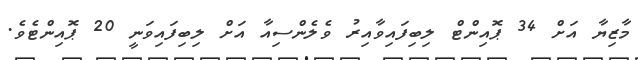
މާޒިޔާ އަށް 34 ޕޮއިންޓް ލިބިފައިވާއިރު ވެލެންސިއާ އަށް ލިބިފައިވަނީ 20 ޕޮއިންޓެވެ.